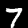
Label: 7